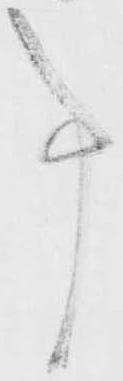
事